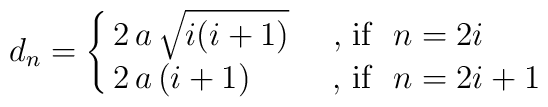
d_n=\cases{             2\,a\,\sqrt{i(i+1)}~& ,  if $~n=2i~$ \cr            2\,a\, (i+1)       ~& ,  if $~n=2i+1~$\cr          }